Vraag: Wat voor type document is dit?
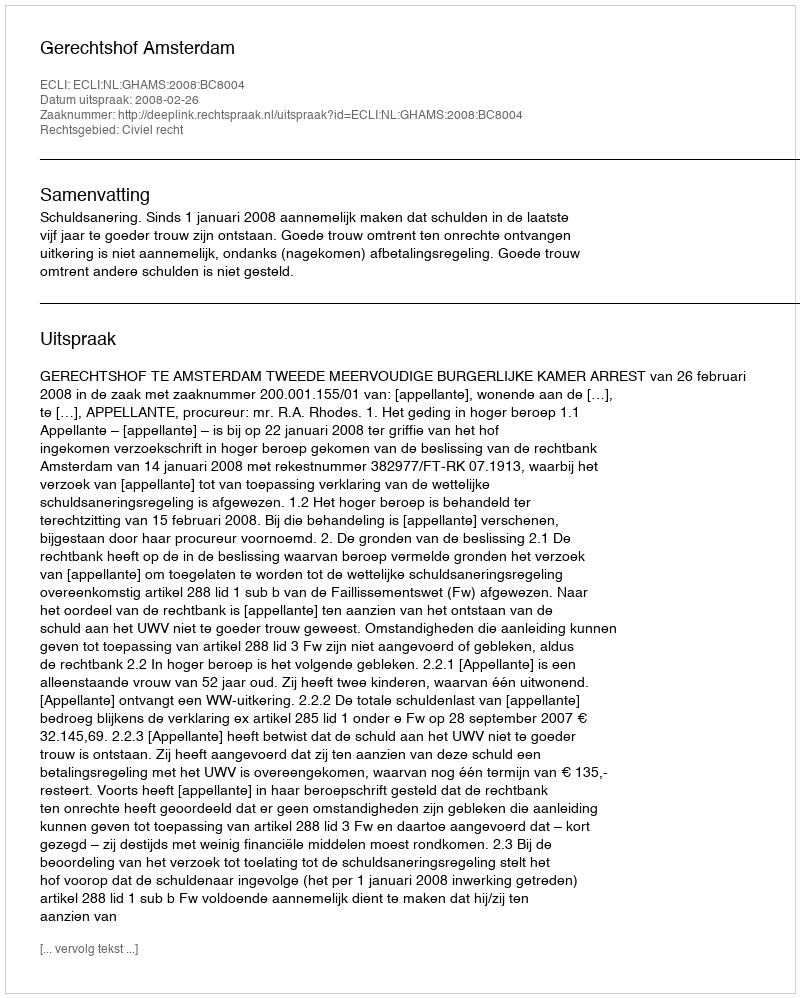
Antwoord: Uitspraak